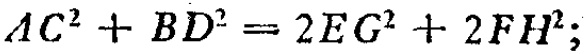
\(AC^{2}+BD^{2}=2EG^{2}+2FH^{2};\)